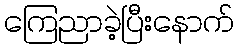
ကြေညာခဲ့ပြီးနောက်